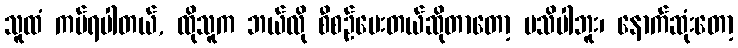
သူထံ ကပ်ရပါတယ်, ထိုသူက ဘယ်လို စီစဉ်ပေးတယ်ဆိုတာတော့ မသိပါဘူး၊ နောက်ဆုံးတော့